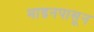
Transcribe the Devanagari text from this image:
माइनपासून